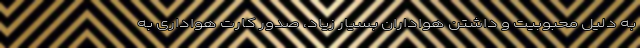
به دلیل محبوبیت و داشتن هواداران بسیار زیاد، صدور کارت هواداری به